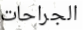
الجراحات